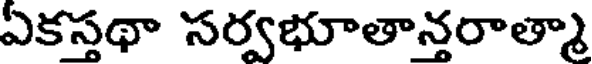
ఏకస్తథా సర్వభూతాన్తరాత్మా